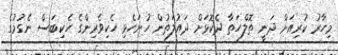
މިހާރު ކުރިއަށް ދަނީ ތޮލްހަތާ ދެކޮޅަށް ދައުލަތުން ހުށަހެޅި ހެކިވެރިންގެ ހެކިބަސް ނެގުމުގެ